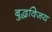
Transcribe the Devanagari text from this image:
बुद्धविजय